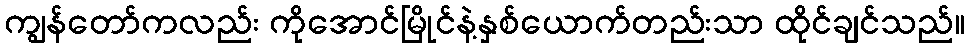
ကျွန်တော်ကလည်း ကိုအောင်မြိုင်နဲ့နှစ်ယောက်တည်းသာ ထိုင်ချင်သည်။